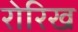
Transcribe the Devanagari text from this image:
रोरिख